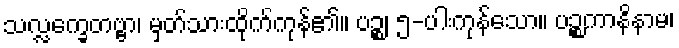
သလ္လက္ခေတဗ္ဗာ၊ မှတ်သားထိုက်ကုန်၏။ ပဉ္စ၊ ၅-ပါးကုန်သော။ ပဉ္စကာနိနာမ၊